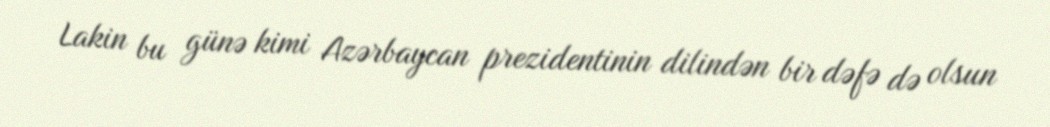
Lakin bu günə kimi Azərbaycan prezidentinin dilindən bir dəfə də olsun